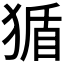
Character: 𪻂